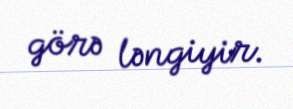
görə ləngiyir.